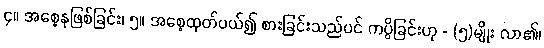
၄။ အစေ့နုဖြစ်ခြင်း၊ ၅။ အစေ့ထုတ်ပယ်၍ စားခြင်းသည်ပင် ကပ္ပိခြင်းဟု - (၅)မျိုး လာ၏၊